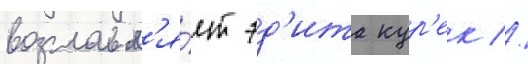
возглавл'я́ет эд'ита кур'ек //